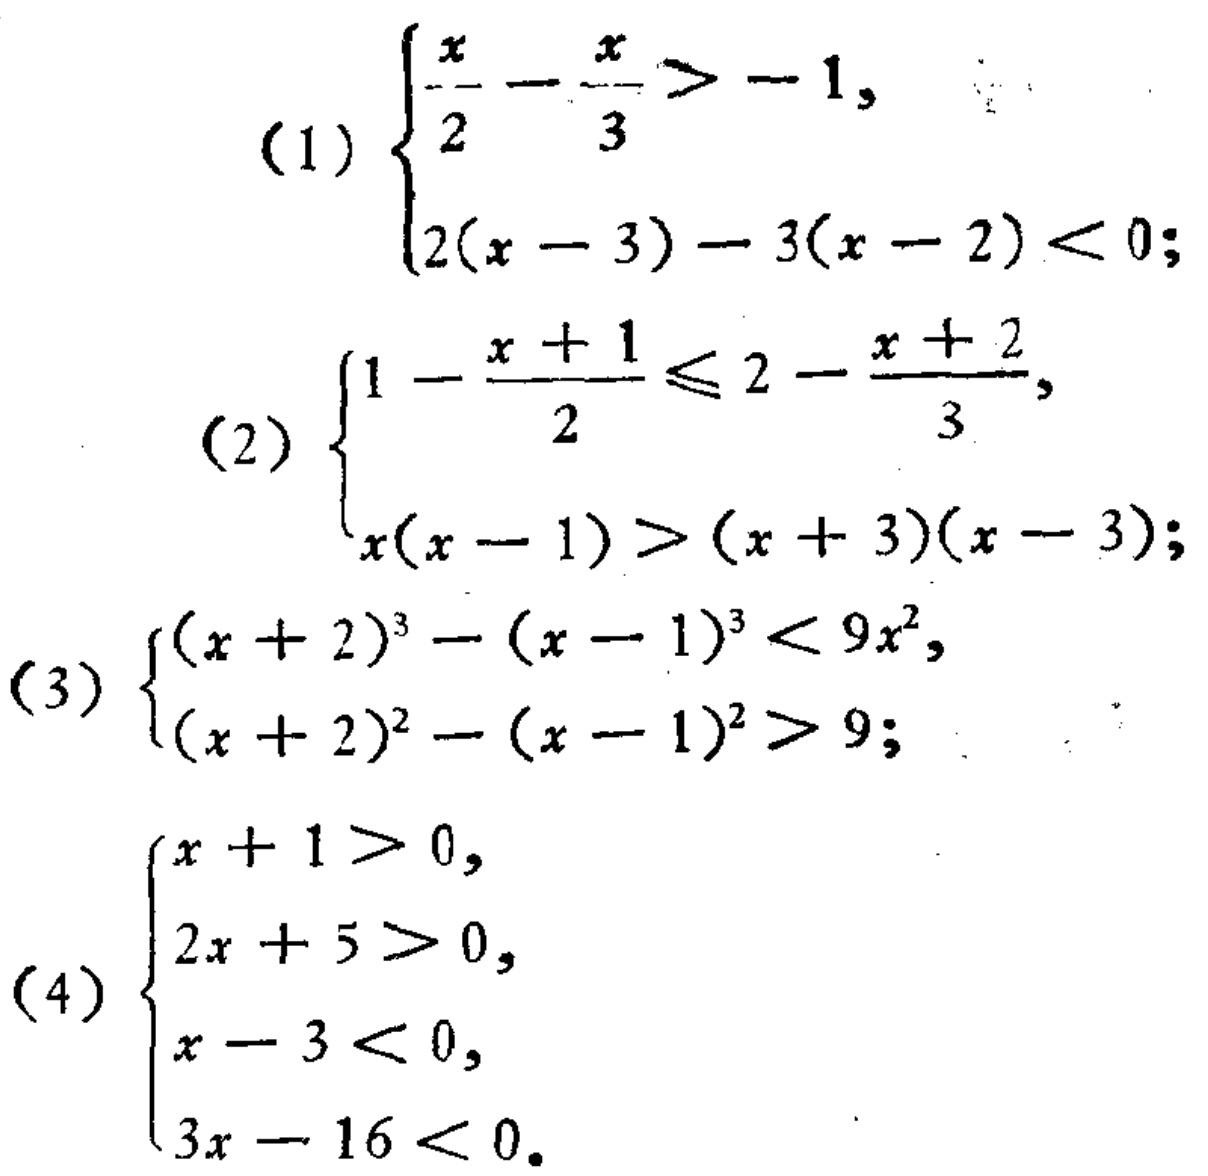
(1) \(\begin{cases}
\frac{x}{2}-\frac{x}{3} > -1, \\
2(x - 3)-3(x - 2)<0;
\end{cases}\)
(2) \(\begin{cases}
1-\frac{x + 1}{2}\leq2-\frac{x + 2}{3}, \\
x(x - 1)>(x + 3)(x - 3);
\end{cases}\)
(3) \(\begin{cases}
(x + 2)^3-(x - 1)^3<9x^2, \\
(x + 2)^2-(x - 1)^2>9;
\end{cases}\)
(4) \(\begin{cases}
x + 1>0, \\
2x + 5>0, \\
x - 3<0, \\
3x - 16<0.
\end{cases}\)